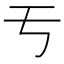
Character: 亐